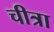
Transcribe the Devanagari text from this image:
चीत्रा